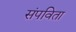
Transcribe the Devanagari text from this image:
संपविता